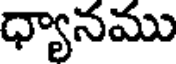
ధ్యానము